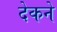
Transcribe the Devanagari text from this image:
देकने